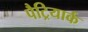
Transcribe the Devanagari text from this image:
पैट्रियार्क